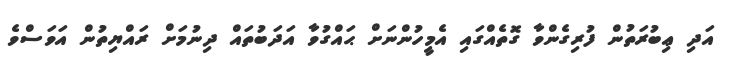
އަދި ޢިބުރަތުން ފުރިގެންވާ ގޮތެއްގައި އެމީހުންނަށް ޙައްގުވާ އަދަބުތައް ދިނުމަށް ރައްޔިތުން އަވަސްވެ